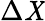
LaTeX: \Delta\mathit{X}